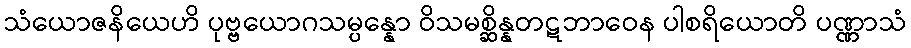
သံယောဇနိယေဟိ ပုဗ္ဗယောဂသမ္ပန္နော ဝိသမစ္ဆိန္နတဋဘာဝေန ပါစရိယောတိ ပဏ္ဏာသံ